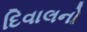
દિવાલનો